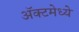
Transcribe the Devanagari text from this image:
ॲक्टमेध्ये